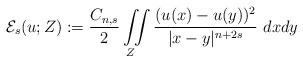
LaTeX: \begin{align*}\mathcal E_s(u;Z):=\frac{C_{n,s}}{2}\iint\limits_{\!\! Z} \frac{(u(x)-u(y))^2}{|x-y|^{n+2s}}~dxdy\end{align*}